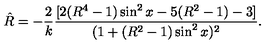
{ \hat { R } } = - { \frac { 2 } { k } } { \frac { [ 2 ( R ^ { 4 } - 1 ) \sin ^ { 2 } x - 5 ( R ^ { 2 } - 1 ) - 3 ] } { ( 1 + ( R ^ { 2 } - 1 ) \sin ^ { 2 } x ) ^ { 2 } } } .